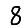
Digit: 8